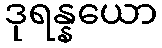
ဒုရန္နယော